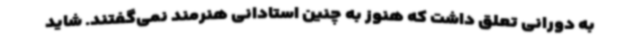
به دورانی تعلق داشت که هنوز به چنین استادانی هنرمند نمی‌گفتند. شاید